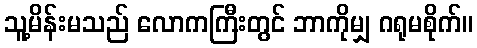
သူ့မိန်းမသည် လောကကြီးတွင် ဘာကိုမျှ ဂရုမစိုက်။